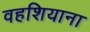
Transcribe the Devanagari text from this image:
वहशियाना